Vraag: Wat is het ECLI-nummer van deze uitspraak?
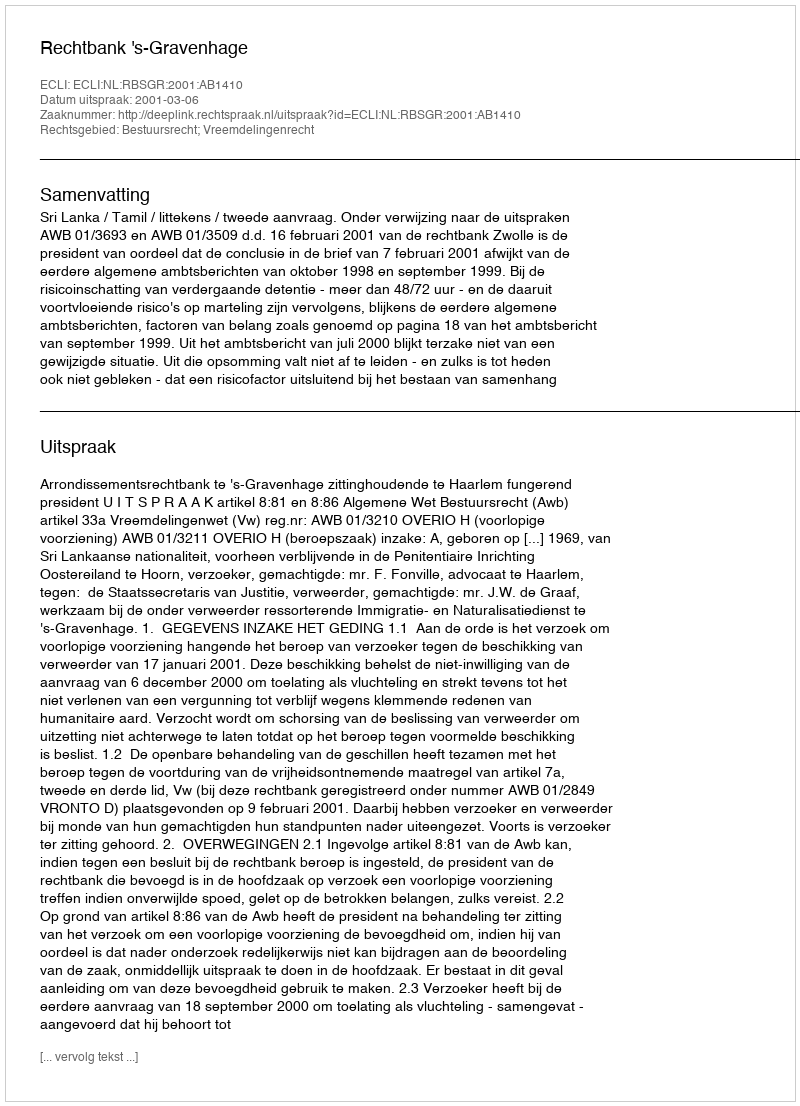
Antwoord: ECLI:NL:RBSGR:2001:AB1410